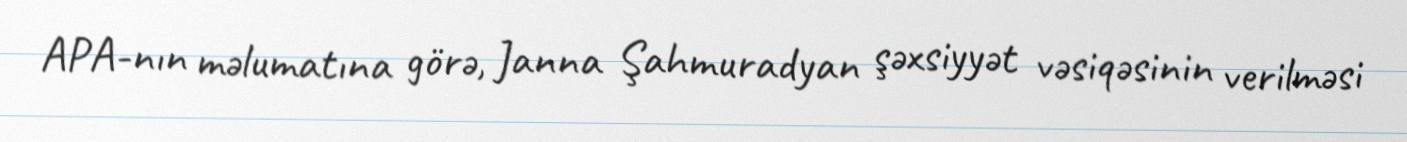
APA-nın məlumatına görə, Janna Şahmuradyan şəxsiyyət vəsiqəsinin verilməsi